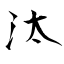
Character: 汰